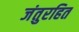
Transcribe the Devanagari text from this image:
जंतुरहित